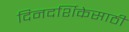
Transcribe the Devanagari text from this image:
दिनदर्शिकेसाठी